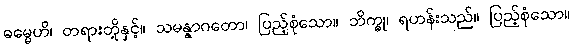
ဓမ္မေဟိ၊ တရားတို့နှင့်။ သမန္နာဂတော၊ ပြည့်စုံသော။ ဘိက္ခု၊ ရဟန်းသည်။ ပြည့်စုံသော။